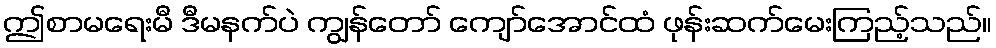
ဤစာမရေးမီ ဒီမနက်ပဲ ကျွန်တော် ကျော်အောင်ထံ ဖုန်းဆက်မေးကြည့်သည်။